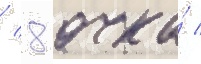
/ 8 очка́ /